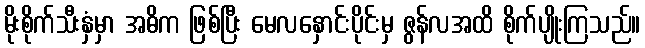
မိုးစိုက်သီးနှံမှာ အဓိက ဖြစ်ပြီး မေလနှောင်းပိုင်းမှ ဇွန်လအထိ စိုက်ပျိုးကြသည်။